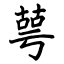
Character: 萼